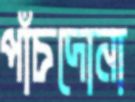
পাঁচদোনা